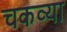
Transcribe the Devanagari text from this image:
चकव्या